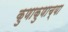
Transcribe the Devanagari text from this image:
कुणाकुणाच्या